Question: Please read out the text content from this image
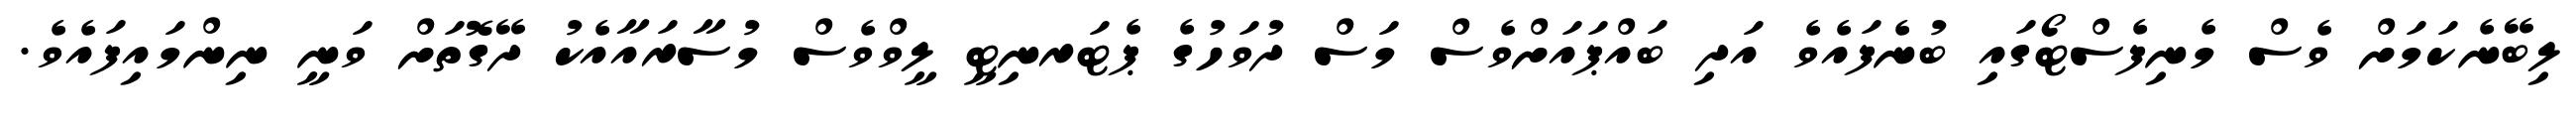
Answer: ލިބޭނެކަމަށް ވެސް މެނިފެސްޓޯގައި ބުނެފައެވެ އަދި ބައްޕައަށްވެސް މަސް ދުވަހުގެ ޕެޓަރނިޓީ ލީވްވެސް މުސާރައާއެކު ދޭގޮތަށް ވަނީ ނިންމައިފައެވެ.